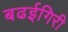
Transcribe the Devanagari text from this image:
बढईगिरी